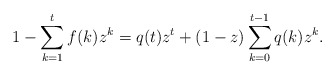
\begin{align*}1-\sum_{k=1}^{t} f(k) z^k = q(t) z^t + (1-z) \sum_{k=0}^{t-1} q(k) z^k.\end{align*}